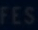
FES